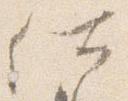
仕